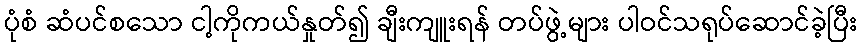
ပုံစံ ဆံပင်စသော ငါ့ကိုကယ်နှုတ်၍ ချီးကျူးရန် တပ်ဖွဲ့များ ပါဝင်သရုပ်ဆောင်ခဲ့ပြီး